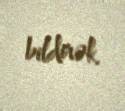
bildirək.